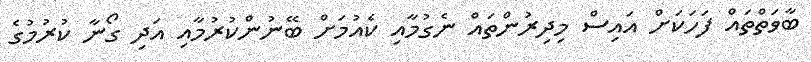
ބާވަތްތައް ފަހަކަށް އައިސް މިދިރުންތައް ނެގުމާއި ކެއުމަށް ބޭނުންކުރުމާއި އަދި ގޯނާ ކުރުމުގެ